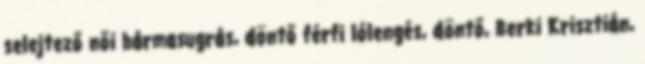
selejtező női hármasugrás, döntő férfi lólengés, döntő, Berki Krisztián,